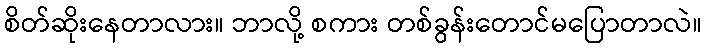
စိတ်ဆိုးနေတာလား။ ဘာလို့ စကား တစ်ခွန်းတောင်မပြောတာလဲ။